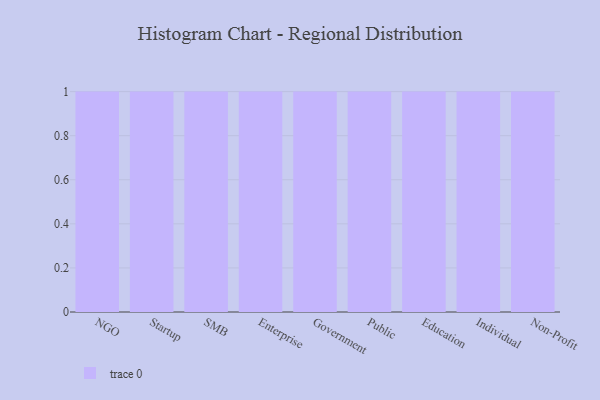
{"axis": {"x": "Segment", "y": "Conversion Rate (%)"}, "legend": [""], "data": [{"x": "NGO", "y": 11, "type": ""}, {"x": "Startup", "y": 87, "type": ""}, {"x": "SMB", "y": 85, "type": ""}, {"x": "Enterprise", "y": 94, "type": ""}, {"x": "Government", "y": 56, "type": ""}, {"x": "Public", "y": 16, "type": ""}, {"x": "Education", "y": 97, "type": ""}, {"x": "Individual", "y": 91, "type": ""}, {"x": "Non-Profit", "y": 35, "type": ""}]}